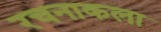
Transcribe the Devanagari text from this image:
रचनाकला